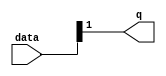
module  fpoint_hw_qsys_addsub_single_altpriority_encoder_iha
	( 
	data,
	q) ;
	input   [1:0]  data;
	output   [0:0]  q;
	assign
		q = {data[1]};
endmodule